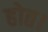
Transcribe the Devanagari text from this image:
होत।